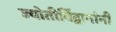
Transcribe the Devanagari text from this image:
ज्योतीर्विद्वानांनी